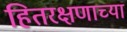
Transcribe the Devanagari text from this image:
हितरक्षणाच्या